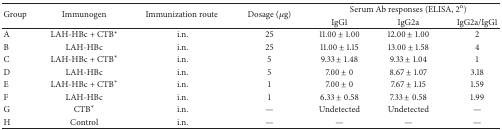
<table><thead><tr><td rowspan="2"><b>Group</b></td><td rowspan="2"><b>Immunogen</b></td><td rowspan="2"><b>Immunization route </b></td><td rowspan="2"><b>Dosage (<i>μ</i>g)</b></td><td colspan="3"><b>Serum Ab responses (ELISA, 2<sup>n</sup>)</b></td></tr><tr><td><b>IgG1</b></td><td><b>IgG2a</b></td><td><b>IgG2a/IgG1</b></td></tr></thead><tbody><tr><td>A</td><td>LAH-HBc + CTB<sup>*</sup></td><td>i.n.</td><td>25</td><td>11.00 ± 1.00</td><td>12.00 ± 1.00</td><td>2</td></tr><tr><td>B</td><td>LAH-HBc</td><td>i.n.</td><td>25</td><td>11.00 ± 1.15</td><td>13.00 ± 1.58</td><td>4</td></tr><tr><td>C</td><td>LAH-HBc + CTB<sup>*</sup></td><td>i.n.</td><td>5</td><td>9.33 ± 1.48</td><td>9.33 ± 1.04</td><td>1</td></tr><tr><td>D</td><td>LAH-HBc</td><td>i.n.</td><td>5</td><td>7.00 ± 0</td><td>8.67 ± 1.07</td><td>3.18</td></tr><tr><td>E</td><td>LAH-HBc + CTB<sup>*</sup></td><td>i.n.</td><td>1</td><td>7.00 ± 0</td><td>7.67 ± 1.15</td><td>1.59</td></tr><tr><td>F</td><td>LAH-HBc</td><td>i.n.</td><td>1</td><td>6.33 ± 0.58</td><td>7.33 ± 0.58</td><td>1.99</td></tr><tr><td>G</td><td>CTB<sup>*</sup></td><td>i.n.</td><td>—</td><td>Undetected</td><td>Undetected</td><td>—</td></tr><tr><td>H</td><td>Control</td><td>i.n.</td><td>—</td><td>—</td><td>—</td><td>—</td></tr></tbody></table>